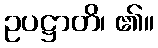
ဥပဋ္ဌာတိ၊ ၏။